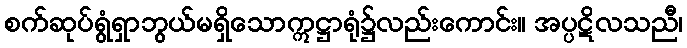
စက်ဆုပ်ရွံရှာဘွယ်မရှိသောဣဋ္ဌာရုံ၌လည်းကောင်း။ အပ္ပဋိလသညီ၊